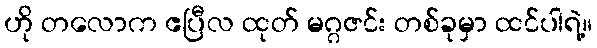
ဟို တလောက ဧပြီလ ထုတ် မဂ္ဂဇင်း တစ်ခုမှာ ထင်ပါရဲ့။